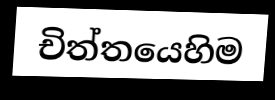
චිත්තයෙහිම